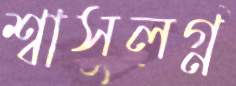
শ্বাসলগ্ন